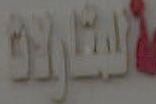
القارية